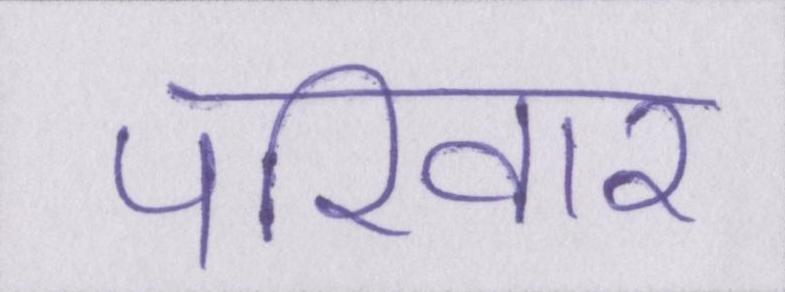
परिवार